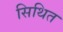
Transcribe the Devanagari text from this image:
सिथित